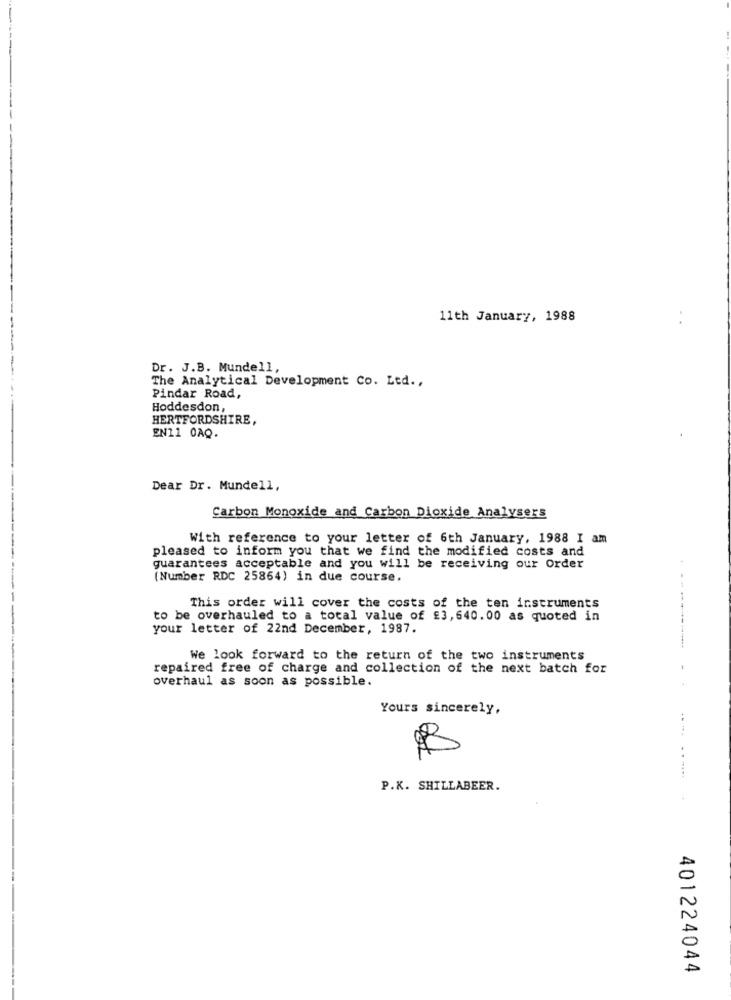
--
11th January, 1988
---
Dr. J.B. Mundell,
The Analytical Development Co. Ltd .,
Pindar Road,
Hoddesdon,
HERTFORDSHIRE,
EN11 0AQ.
Dear Dr. Mundell,
Carbon Monoxide and Carbon Dioxide Analysers
With reference to your letter of 6th January, 1988 I am
pleased to inform you that we find the modified costs and
guarantees acceptable and you will be receiving our Order
(Number RDC 25864) in due course.
This order will cover the costs of the ten instruments
to be overhauled to a total value of £3,640.00 as quoted in
your letter of 22nd December, 1987.
We look forward to the return of the two instruments
repaired free of charge and collection of the next batch for
overhaul as soon as possible.
Yours sincerely,
B
..
P.K. SHILLABEER.
401224044